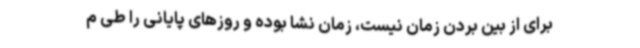
برای از بین بردن زمان نیست، زمان نشا بوده و روزهای پایانی را طی م